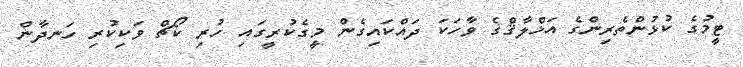
ޓީމުގެ ކުޅުންތެރިންގެ އަޚްލާޤްގެ ވާހަކަ ދައްކައިގެން މީގެކުރީގައި ހުރި ކޯޗް ވަކިކުރި ހަނދާން